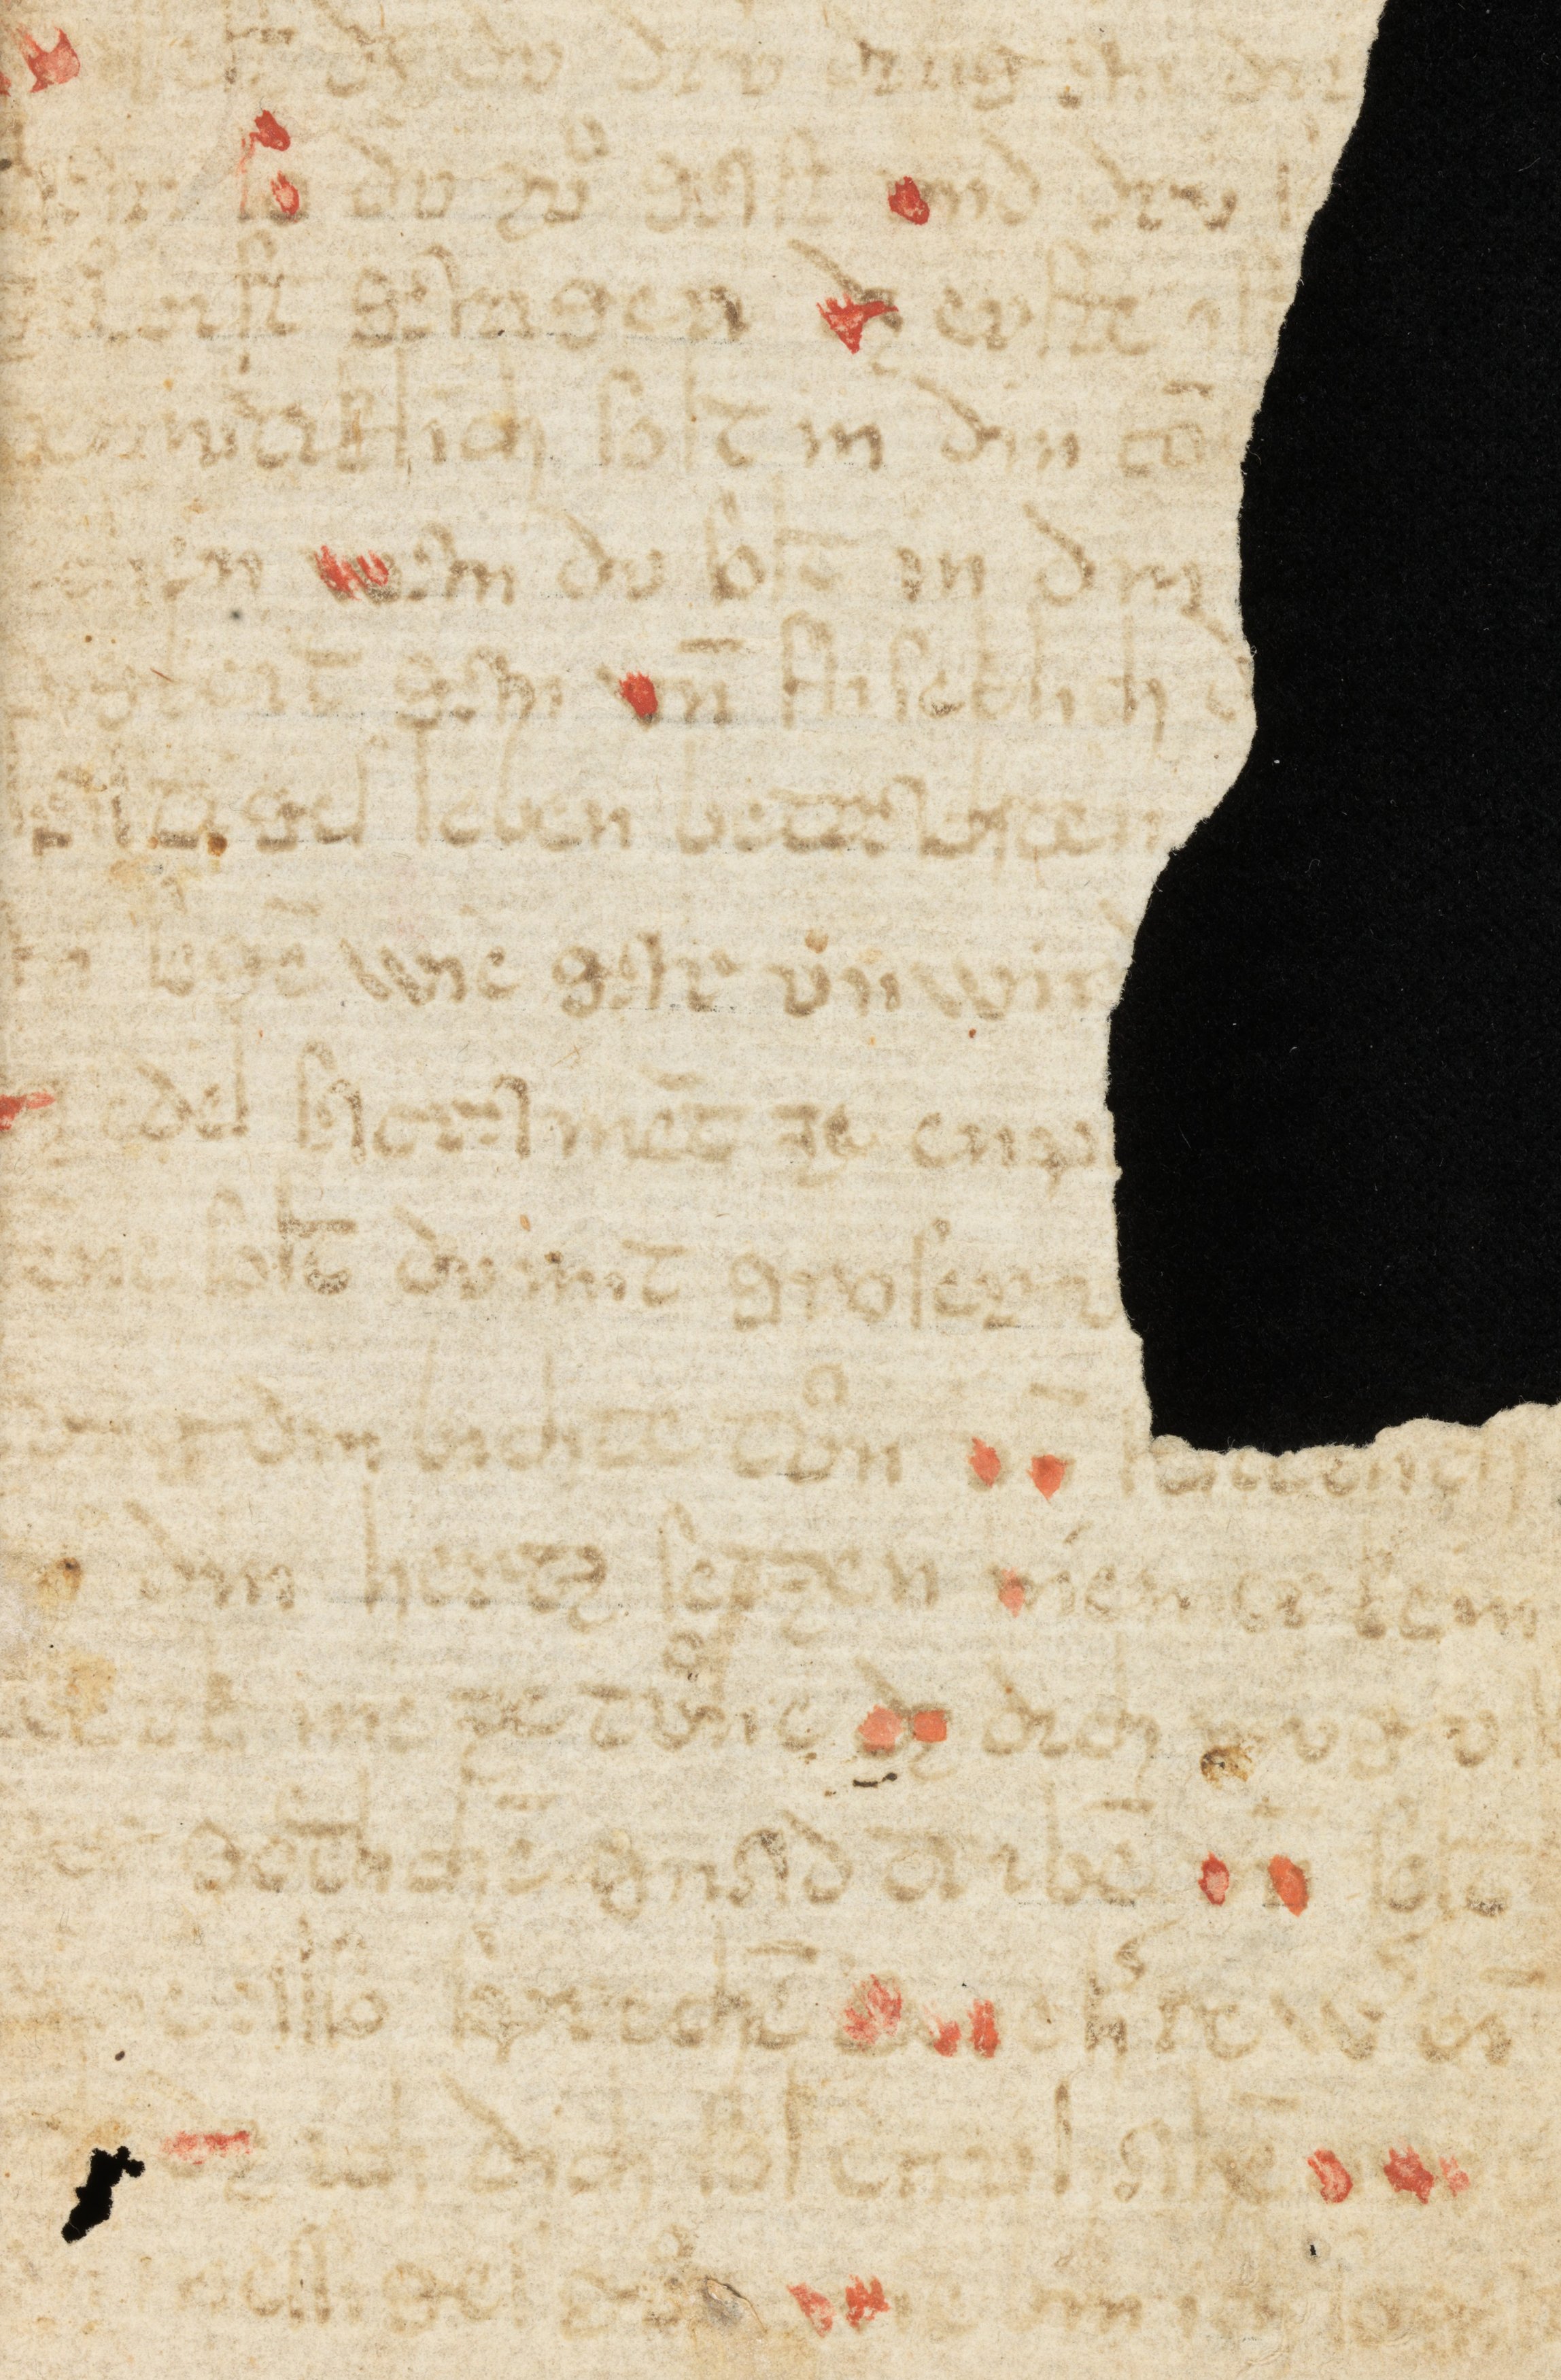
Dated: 1400–1424